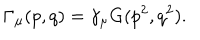
\Gamma _ { \mu } ( p , q ) = \gamma _ { \mu } G ( p ^ { 2 } , q ^ { 2 } ) .